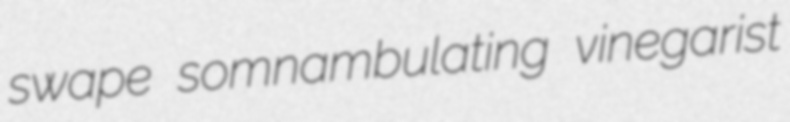
swape somnambulating vinegarist